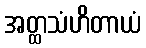
အတ္ထသံဟိတာယံ